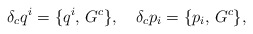
\begin{align*}\delta_c q ^{i} = \{q^{i}, \, G^c \}, \quad \delta_c p_{i} = \{p_{i}, \, G^c \},\end{align*}